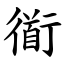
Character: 衜